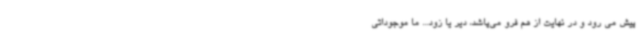
پیش می رود و در نهایت از هم فرو می‌پاشد، دیر یا زود... ما موجوداتی